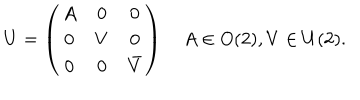
LaTeX: U = \left( \begin{array} { c c c } { { A } } & { { 0 } } & { { 0 } } \\ { { 0 } } & { { V } } & { { 0 } } \\ { { 0 } } & { { 0 } } & { { \bar { V } } } \\ \end{array} \right) \quad A \in O ( 2 ) , V \in U ( 2 ) .